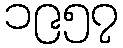
၁၉၅၇